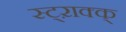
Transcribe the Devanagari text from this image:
स्ट्ऱाक्क्